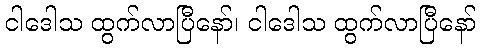
ငါဒေါသ ထွက်လာပြီနော်၊ ငါဒေါသ ထွက်လာပြီနော်